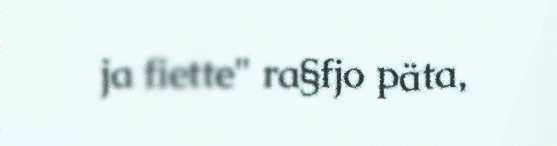
ja fiette" ra§fjo päta,